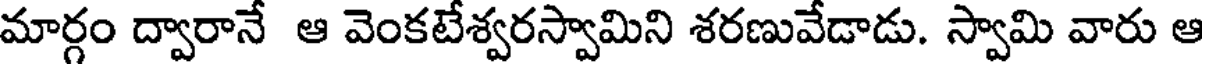
మార్గం ద్వారానే ఆ వెంకటేశ్వరస్వామిని శరణువేడాడు. స్వామి వారు ఆ